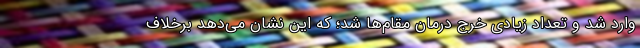
وارد شد و تعداد زیادی خرج درمان مقام‌ها شد؛ که این نشان می‌دهد برخلاف